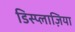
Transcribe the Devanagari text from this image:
डिस्प्लाज़िया